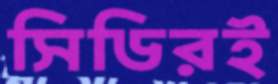
সিডিরই